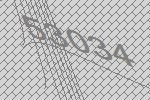
53034